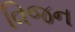
વિજન